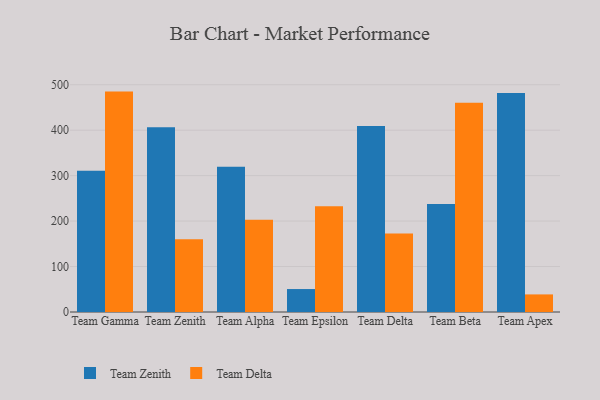
{"axis": {"x": "Team", "y": "Bounce Rate (%)"}, "legend": ["Team Delta", "Team Zenith"], "data": [{"x": "Team Gamma", "y": 310.6, "type": "Team Zenith"}, {"x": "Team Gamma", "y": 484.9, "type": "Team Delta"}, {"x": "Team Zenith", "y": 406.5, "type": "Team Zenith"}, {"x": "Team Zenith", "y": 160.0, "type": "Team Delta"}, {"x": "Team Alpha", "y": 319.4, "type": "Team Zenith"}, {"x": "Team Alpha", "y": 202.9, "type": "Team Delta"}, {"x": "Team Epsilon", "y": 50.5, "type": "Team Zenith"}, {"x": "Team Epsilon", "y": 232.4, "type": "Team Delta"}, {"x": "Team Delta", "y": 409.3, "type": "Team Zenith"}, {"x": "Team Delta", "y": 172.8, "type": "Team Delta"}, {"x": "Team Beta", "y": 237.7, "type": "Team Zenith"}, {"x": "Team Beta", "y": 460.5, "type": "Team Delta"}, {"x": "Team Apex", "y": 481.8, "type": "Team Zenith"}, {"x": "Team Apex", "y": 38.7, "type": "Team Delta"}]}